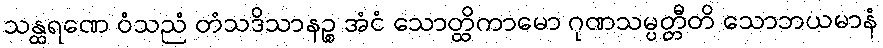
သန္ထရဏေ ဝံသညံ တံသဒိသာနဉ္စ အံငံ သောတ္ထိကာမော ဂုဏသမ္ပတ္တီတိ သောဘယမာနံ